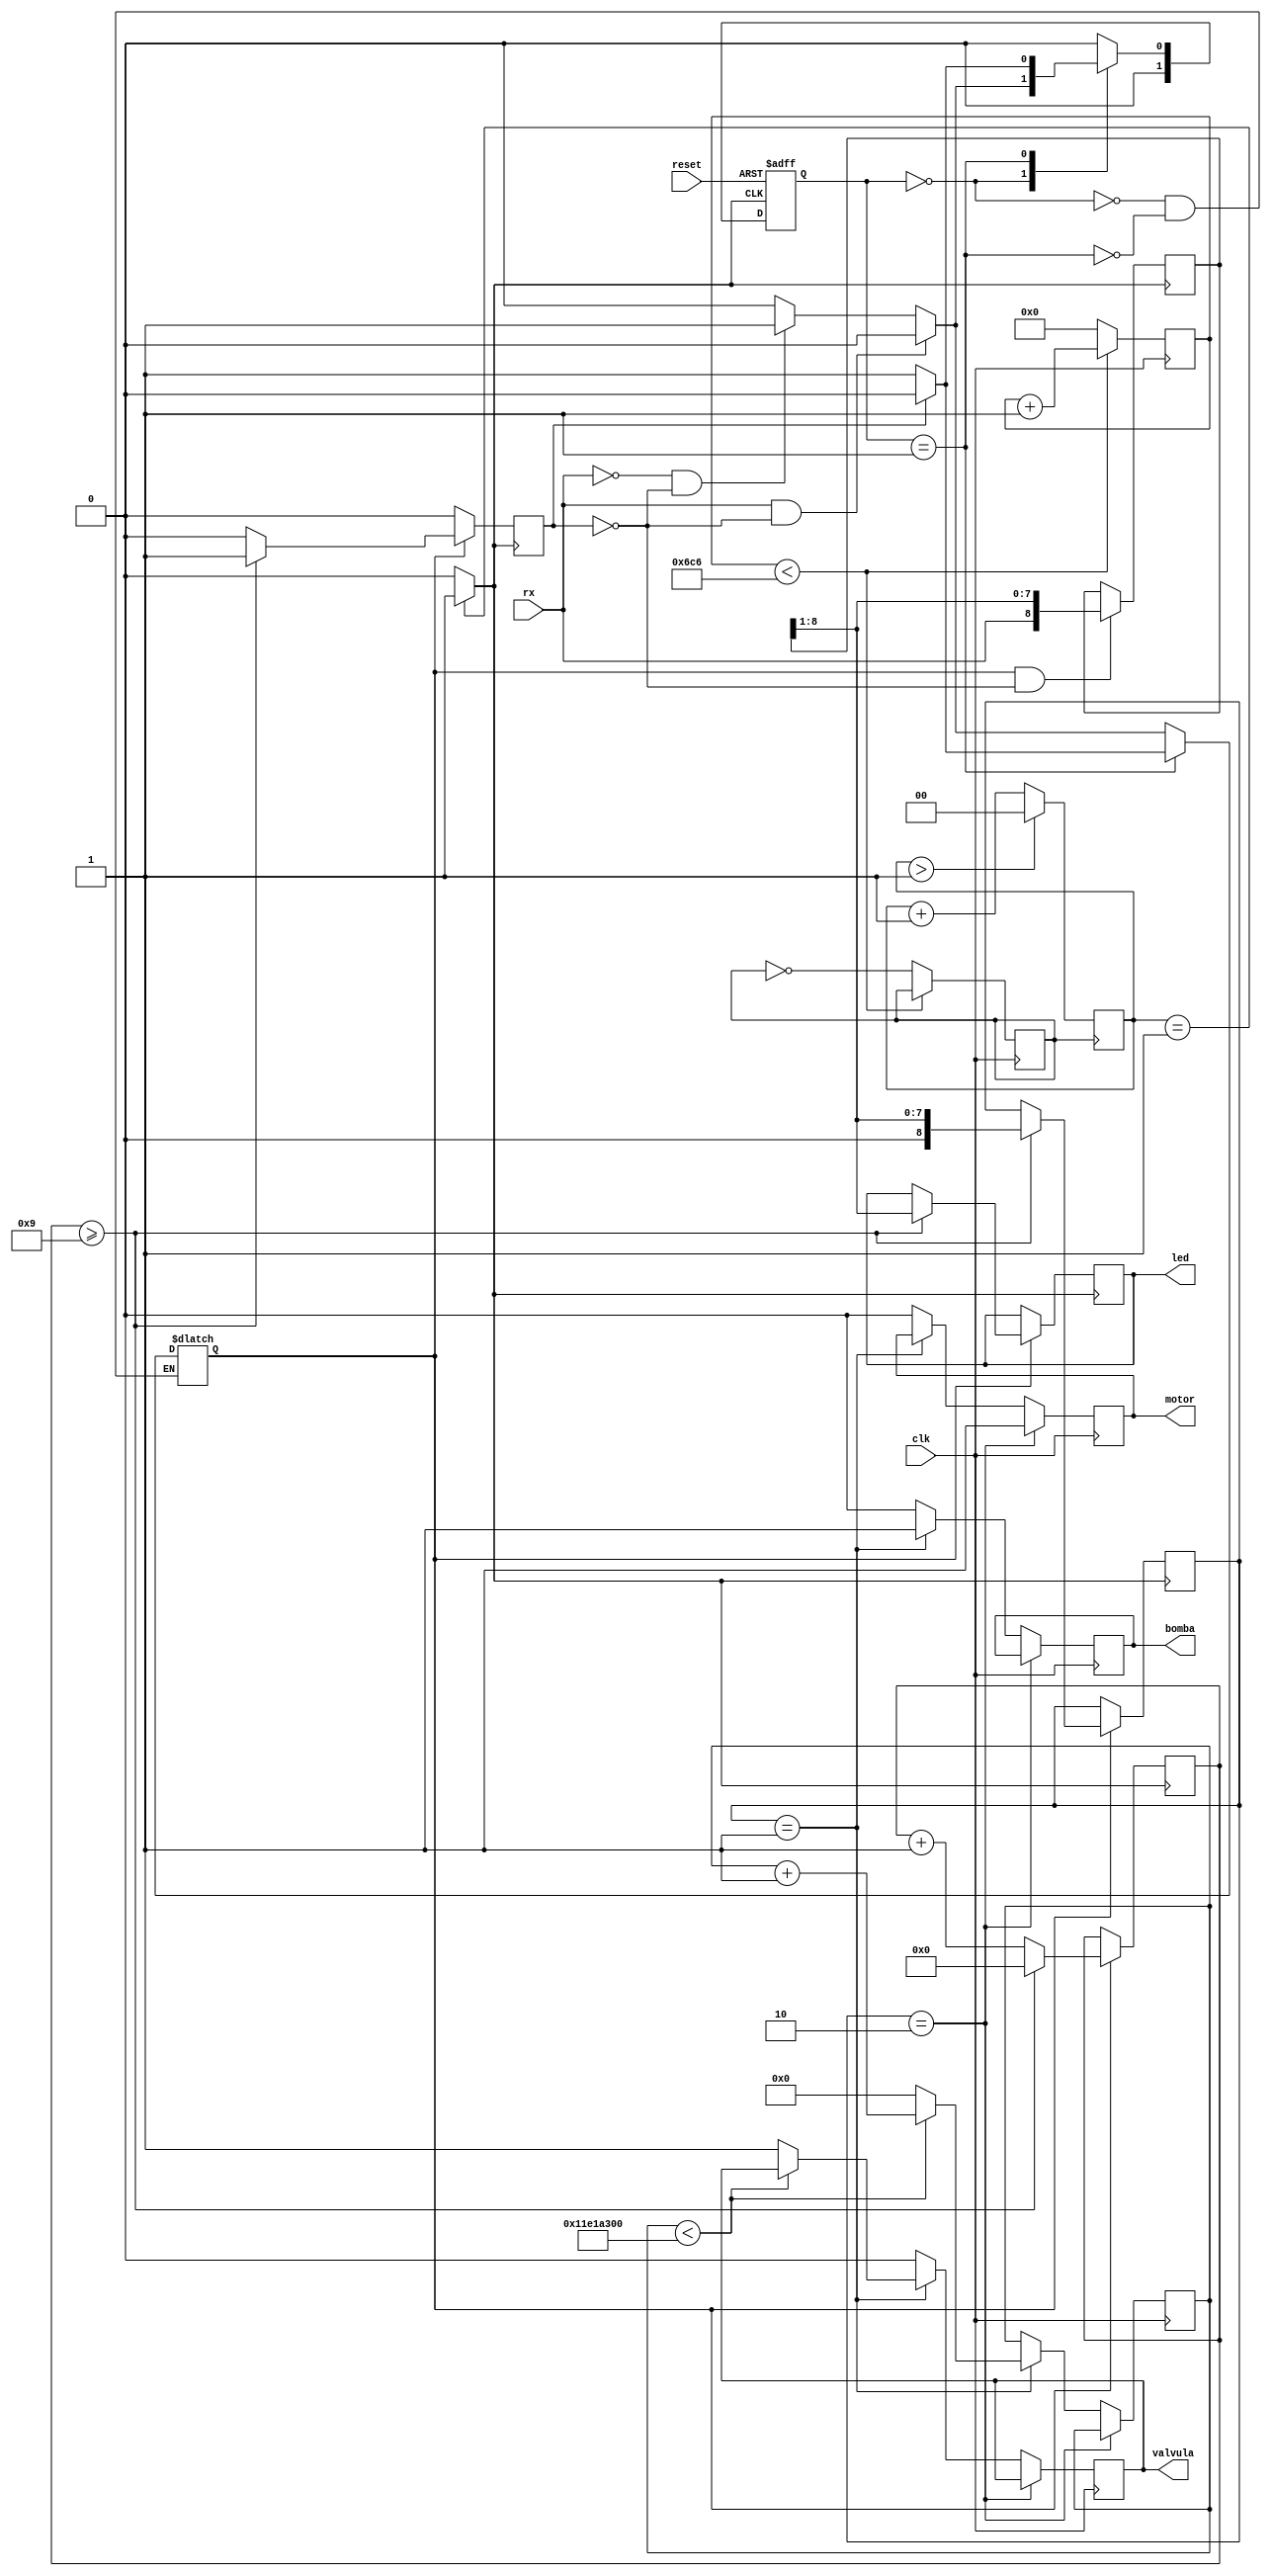
`timescale 1ns / 1ps
//////////////////////////////////////////////////////////////////////////////////
// Company: 
// Engineer: 
// 
// Design Name: 
// Module Name:    FPGA 
// Project Name: 
// Target Devices: 
// Tool versions: 
// Description: 
//
// Dependencies: 
//
// Revision: 
// Revision 0.01 - File Created
// Additional Comments: 
//
//////////////////////////////////////////////////////////////////////////////////
module FPGA(
						input clk, //100MHz
						input reset, //reset
						input rx,					 //entrada de datos del modulo bluetooth
						output reg motor,
					   output reg bomba,
				    	output reg valvula,
						output reg[7:0] led		//Leds
						); 
						
/////////// INICIALIZA LOS DATOS PARA EL CONTROL DE LOS ACTUADORES		
			
initial
begin
led = 8'b00000000;
motor = 1'b0;
bomba = 1'b0;
valvula = 1'b0;
end
reg [26:0] cl = 27'b0;						
reg [8:0] Orden = 9'b000000000;
				

//fsm maquina de estados finitos
reg [1:0] Estadopresente, Estadosiguiente;
parameter Estado_1 = 3'b00;
parameter Estado_0 = 3'b01;

//seales
reg control=0; //indica cuando ocurre el bit de start
reg done=0; // bandera que indica que termino de recibir los datos
reg[8:0]tmp=9'b000000000; //registro que recibe los datos enviados

//contadores para los retardos
reg [3:0]i = 4'b0000; //contador de los bits recibidos
reg [10:0]c = 11'b11111111111; //contador de retardos
reg delay = 0; //algoritmo para los retardos
reg [1:0] c2 = 2'b11;
reg capture = 0;

//proceso de retardo al triple de la frecuencia con la que envia los datos el Bluetooth
//1736*10ns = 17.36us
//17.36us*3 = 58.08us
//58.08us*2 = 104.16us =1/9600baudios o bits/seg
always@(posedge clk)
begin
	if(c < 1734)
		c=c+1;
	else
		begin
			c=0;
			delay=~delay;
		end
end

//proceso para el contador C2 para la captura del dato en la mitad de tiempo de cada bits
always@(posedge delay)
begin
	if (c2>1)
		c2=0;
	else
		c2=c2+1;
	end
	
//proceso para capturar en el bit de en medio (capture)
always@(c2)
begin
	if (c2==1)
		capture=1;
	else
		capture=0;
end


//FSM actualiza la maquina de estados finitos 
always@(posedge capture, posedge reset)
	if (reset) 
		Estadopresente <= Estado_1 ; // deja todo en 0
	else 
		Estadopresente <= Estadosiguiente;
	
//FSM  maquina de estados finitos.
always@(*)
begin
case(Estadopresente)
		Estado_1 :
		if(rx==1 && done==0)
			begin
				control=0;
				Estadosiguiente= Estado_1 ;
			end
		else if(rx==0 && done==0)
			begin
				control=1;
				Estadosiguiente= Estado_0;
			end
		else
			begin
				control=0;
				Estadosiguiente= Estado_1 ;
			end
		Estado_0:
		begin
			if(done==0)
				begin
					control=1;
					Estadosiguiente= Estado_0;
				end
			else
				begin
					control=0;
					Estadosiguiente= Estado_1 ;
				end
		end
		default
			Estadosiguiente= Estado_1 ;
endcase
end


//proceso de recepcin de datos
always@(posedge capture)
begin
	if (control==1 && done==0)
	begin
		tmp <= {rx,tmp[8:1]};
	end
end


//proceso que cuenta los bits que llegan (9 bits)
always@(posedge capture)
begin
	if (control)
		begin
			if(i>=9)
				begin
					i=0;
					done=1;
					led<=tmp[8:1];
					Orden<=tmp[8:1];
				end
			else
				begin
					i=i+1;
					done=0;
				end
			end
	else
		done=0;
end



/////////////////////////// ENVIA ORDENES A LOS ACTUADORES/////////////////////////////////
always @(posedge clk)
begin	  
	if (Orden == 8'b00000010) 
		begin
			motor = 1'b1;
		end
	else if(Orden == 8'b00000001)
		begin
			bomba = 1'b1;
			if(cl<300_000_000)
				cl = cl + 27'b01;
			else	
			begin
				valvula = 1'b1;
				cl = 27'b0;
			end
		end
	else 
		begin
			motor = 1'b0;
			bomba = 1'b0;
			valvula = 1'b0;
		end		
end
endmodule